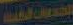
المدينة